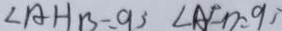
\angle A H B - \angle 9 3 \angle A F D = 9 3